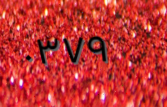
٠٣٧٩